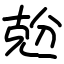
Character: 兝